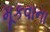
મૂકવાના